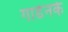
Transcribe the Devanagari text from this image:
गार्डेनके